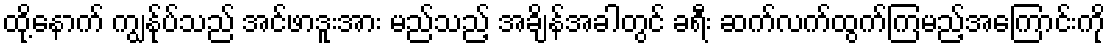
ထို့နောက် ကျွန်ုပ်သည် အင်ဖာဒူးအား မည်သည့် အချိန်အခါတွင် ခရီး ဆက်လက်ထွက်ကြမည့်အကြောင်းကို